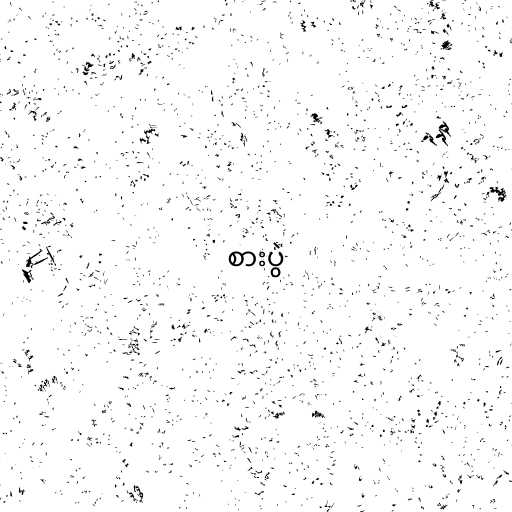
စားပွဲ